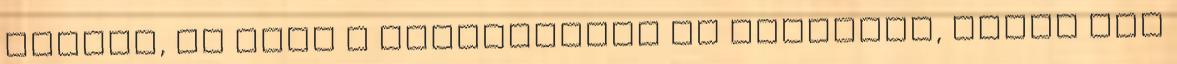
pártok, de hogy a földszinten mi történik, arról szó